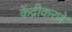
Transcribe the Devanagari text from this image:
केंद्रीकरणे